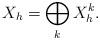
LaTeX: \begin{align*}X_h = \bigoplus_{k} X^k_h.\end{align*}